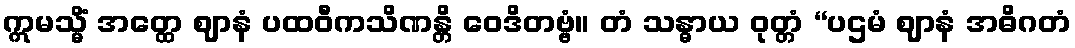
ဣမသ္မိံ အတ္ထေ ဈာနံ ပထဝီကသိဏန္တိ ဝေဒိတဗ္ဗံ။ တံ သန္ဓာယ ဝုတ္တံ “ပဌမံ ဈာနံ အဓိဂတံ